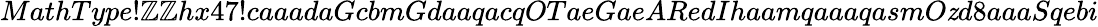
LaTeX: MathType!\mathbb{Z}\mathbb{Z}hx47!caaadaGcbmGdaaqacqOTaeGaeARedIhaamqaaaqasmO\mathit{z}d8aaaSqebi